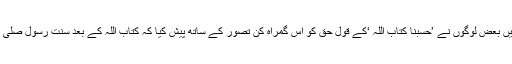
ہماری بدقسمتی ہے کہ موجودہ زمانے میں بعض لوگوں نے ’حسبنا کتاب اللہ ‘کے قول حق کو اس گمراہ کن تصور کے ساتھ پیش کیا کہ کتاب اللہ کے بعد سنت رسول صلی اللہ علیہ وسلم کی ضرورت ہی نہیں رہی۔